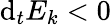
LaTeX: \mathrm{d}_{t}E_{k}<0